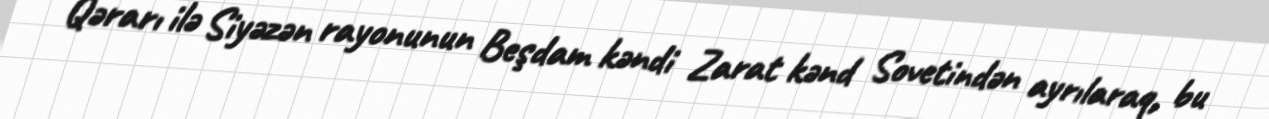
Qərarı ilə Siyəzən rayonunun Beşdam kəndi Zarat kənd Sovetindən ayrılaraq, bu